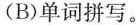
(B)单词拼写。